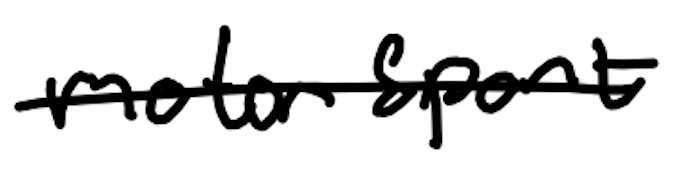
Text: motorsport
Cross-out: mix
Writing tool: digital_black